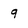
Character: q